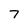
Character: 7